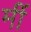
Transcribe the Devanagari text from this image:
मीं